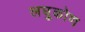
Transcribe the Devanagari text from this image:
लघुकोण